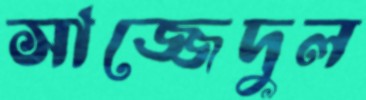
সাজ্জেদুল